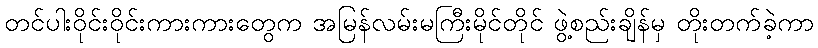
တင်ပါးဝိုင်းဝိုင်းကားကားတွေက အမြန်လမ်းမကြီးမိုင်တိုင် ဖွဲ့စည်းချိန်မှ တိုးတက်ခဲ့ကာ